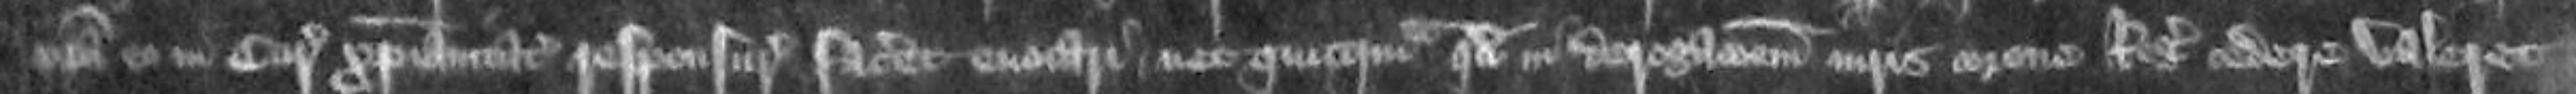
coram eo in Curia Christianitas responsurus faceret evocari nec quicquam quod in derogrationem iuris corone Regis cedere valeret